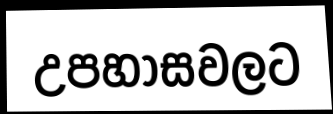
උපහාසවලට